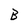
Character: B